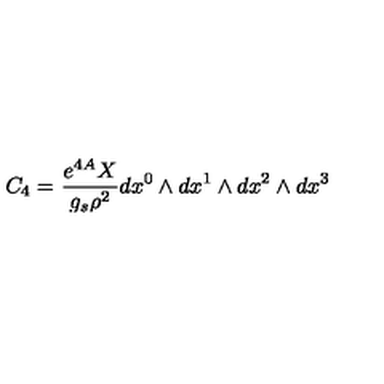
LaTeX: C _ { 4 } = \frac { e ^ { 4 A } X } { g _ { s } \rho ^ { 2 } } d x ^ { 0 } \wedge d x ^ { 1 } \wedge d x ^ { 2 } \wedge d x ^ { 3 }